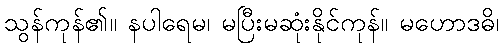
သွန်ကုန်၏။ နပါရေမ၊ မပြီးမဆုံးနိုင်ကုန်။ မဟောဒဓိ၊